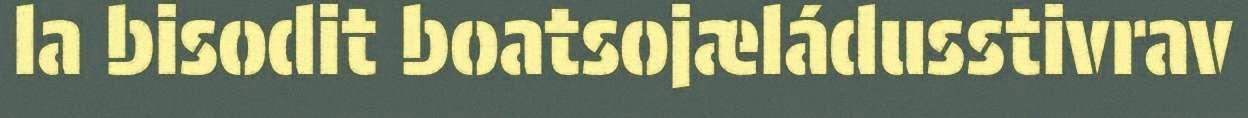
la bisodit boatsojæládusstivrav